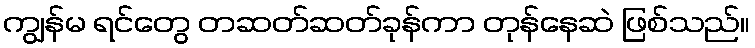
ကျွန်မ ရင်တွေ တဆတ်ဆတ်ခုန်ကာ တုန်နေဆဲ ဖြစ်သည်။